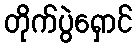
တိုက်ပွဲရှောင်